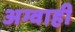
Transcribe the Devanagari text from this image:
अग्वाही